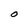
Character: O